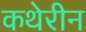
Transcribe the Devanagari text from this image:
कथेरीन